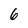
Character: 6